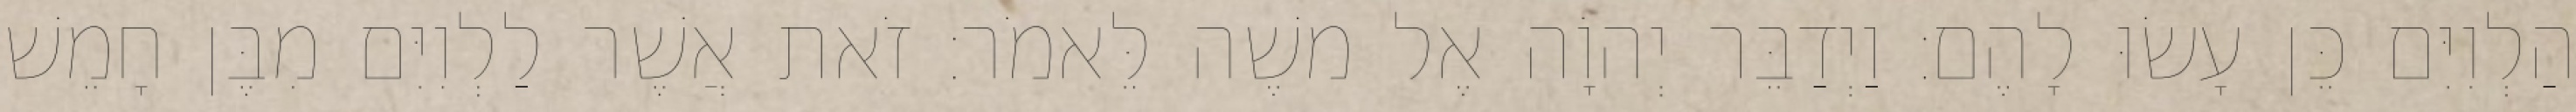
הַלְוִיִּם כֵּן עָשׂוּ לָהֶם׃ וַיְדַבֵּר יְהוָֹה אֶל משֶׁה לֵּאמֹר׃ זֹאת אֲשֶׁר לַלְוִיִּם מִבֶּן חָמֵשׁ